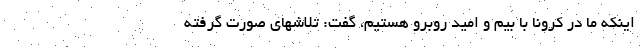
اینکه ما در کرونا با بیم و امید روبرو هستیم، گفت: تلاشهای صورت گرفته